画像に写った文字を読んでください
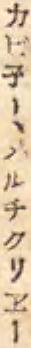
「カビ子ー、ノルチクリヱー」と書いてあります